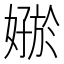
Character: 𪦟